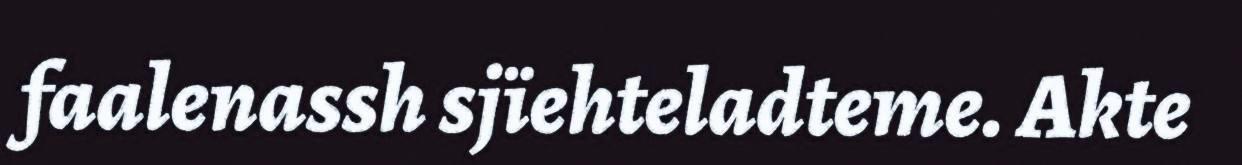
faalenassh sjïehteladteme. Akte